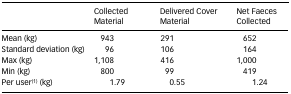
<table><thead><tr><td></td><td><b>Collected Material</b></td><td><b>Delivered Cover Material</b></td><td><b>Net Faeces Collected</b></td></tr></thead><tbody><tr><td>Mean (kg)</td><td>943</td><td>291</td><td>652</td></tr><tr><td>Standard deviation (kg)</td><td>96</td><td>106</td><td>164</td></tr><tr><td>Max (kg)</td><td>1,108</td><td>416</td><td>1,000</td></tr><tr><td>Min (kg)</td><td>800</td><td>99</td><td>419</td></tr><tr><td>Per user<sup>(1)</sup> (kg)</td><td>1.79</td><td>0.55</td><td>1.24</td></tr></tbody></table>